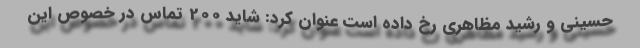
حسینی و رشید مظاهری رخ داده است عنوان کرد: شاید 200 تماس در خصوص این